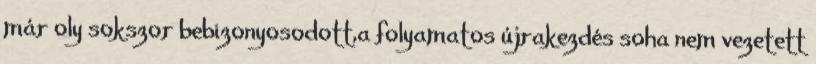
már oly sokszor bebizonyosodott,a folyamatos újrakezdés soha nem vezetett